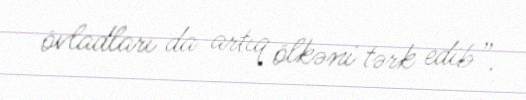
övladları da artıq ölkəni tərk edib”.